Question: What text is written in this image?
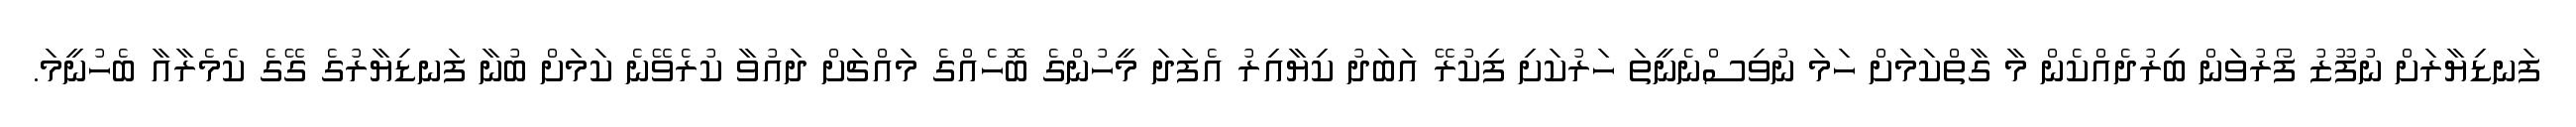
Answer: ފަނޑިޔާރަށް ނުފޫޒު ފޯރުވަން ބިރުދެއްކެން މާ ގާތްކަމަށް ހަމަ ނުވިސްނެނީތަ ހަރުކަށި ފިކުރޭ އަބަދު ކިޔާއިރު އެފަދަ މީހުންގެ ބޮހެއްގެ މައްޗަށް ދައުވާ ކުރެވޭނެ ކަމަށް ބުނާ ފަނޑިޔާރުގެ ގޭގެ ކެމެރާއާ ބެހުނީމަ.